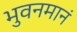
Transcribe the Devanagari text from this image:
भुवनमानं